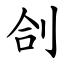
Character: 㓣